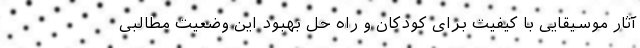
آثار موسیقایی با کیفیت برای کودکان و راه حل بهبود این وضعیت مطالبی